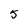
Character: 5